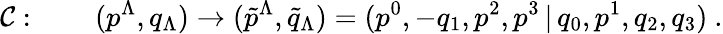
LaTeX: {\cal C}:\qquad(p^{\Lambda},q_{\Lambda})\rightarrow(\tilde{p}^{\Lambda},\tilde{q}_{\Lambda})=(p^{0},-q_{1},p^{2},p^{3}\, |\, q_{0},p^{1},q_{2},q_{3})\ .